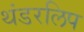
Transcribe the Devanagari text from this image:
थंडरलिप